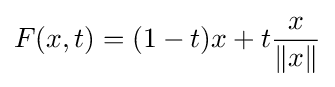
F(x,t)=(1-t)x+t{x \over \|x\|}